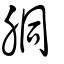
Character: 胴